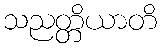
သညတ္တိယာတိ